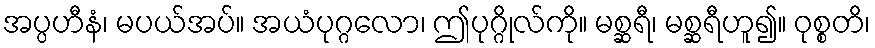
အပ္ပဟီနံ၊ မပယ်အပ်။ အယံပုဂ္ဂလော၊ ဤပုဂ္ဂိုလ်ကို။ မစ္ဆရီ၊ မစ္ဆရီဟူ၍။ ဝုစ္စတိ၊